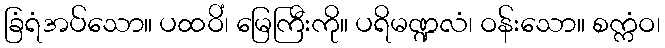
ခြံရံအပ်သော။ ပထဝိံ၊ မြေကြီးကို။ ပရိမဏ္ဍလံ၊ ဝန်းသော။ စက္ကံဝ၊